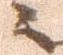
ニ